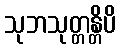
သုဘသုတ္တန္တိပိ